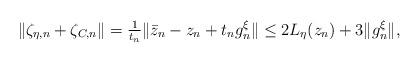
LaTeX: \begin{align*} \begin{aligned}\lVert \zeta_{\eta,n} + \zeta_{C,n} \rVert &= \tfrac{1}{t_n} \lVert \bar{z}_n - z_n + t_n g_n^\xi \rVert \leq 2 L_{\eta}(z_n) + 3\lVert g_n^\xi\rVert,\end{aligned}\end{align*}